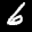
Label: 6